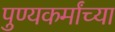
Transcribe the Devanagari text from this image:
पुण्यकर्मांच्या